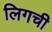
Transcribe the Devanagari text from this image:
लिगची